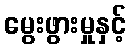
မွေးဖွားမှုနှင့်